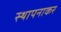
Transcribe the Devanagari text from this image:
स्थापनाकर